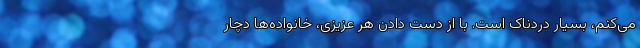
می‌کنم، بسیار دردناک است. با از دست دادن هر عزیزی، خانواده‌ها دچار